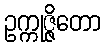
ဥက္ကုဇ္ဇိတော